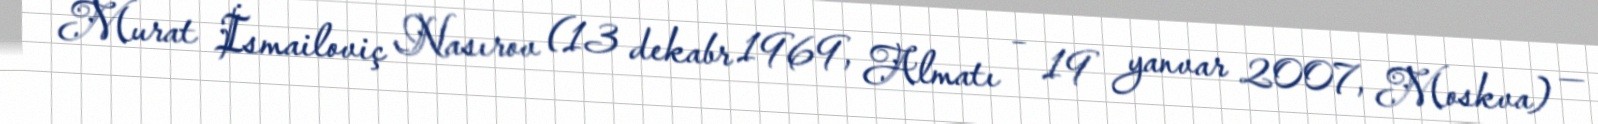
Murat İsmailoviç Nasırov (13 dekabr 1969, Almatı – 19 yanvar 2007, Moskva) —